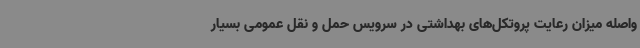
واصله میزان رعایت پروتکل‌های بهداشتی در سرویس حمل و نقل عمومی بسیار